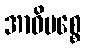
အာဓိပစ္စေ